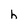
Character: h